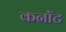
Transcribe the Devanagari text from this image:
कनाॅट